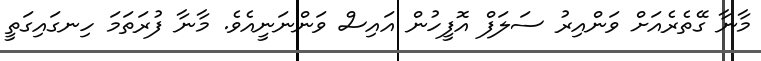
މާނާ ގޭތެރެއަށް ވަންއިރު ސަލަފް އޮފީހުން އައިސް ވަންނަނީއެވެ. މާނާ ފުރަތަމަ ހިނގައިގަތީ